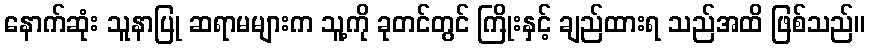
နောက်ဆုံး သူနာပြု ဆရာမများက သူ့ကို ခုတင်တွင် ကြိုးနှင့် ချည်ထားရ သည်အထိ ဖြစ်သည်။